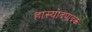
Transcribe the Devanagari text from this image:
हास्योदपादक